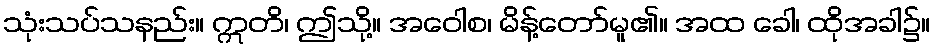
သုံးသပ်သနည်း။ ဣတိ၊ ဤသို့။ အဝေါစ၊ မိန့်တော်မူ၏။ အထ ခေါ၊ ထိုအခါ၌။